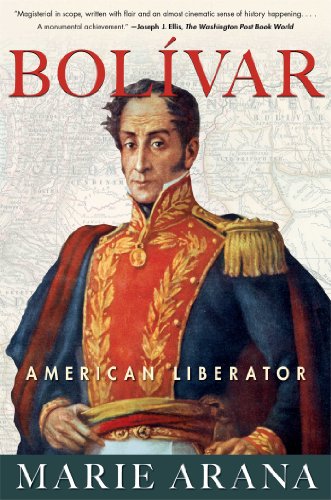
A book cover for Bolivar: American Liberator; Marie Arana; History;